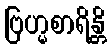
ဗြဟ္မစာရိန္တိ